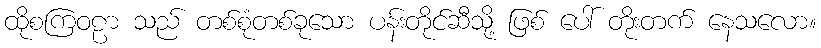
ထိုစကြဝဠာ သည် တစ်စုံတစ်ခုသော ပန်းတိုင်ဆီသို့ ဖြစ် ပေါ် တိုးတက် နေသလော။